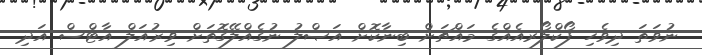
ނުވަތަ ދިވެހި ފޯކްލޯރއެއްގެ މައްޗަށް ބިނާކޮށް އަޞްލު ނުގެއްލޭގޮތަށް ވިޜުއަލް އާޓްސް އަދި